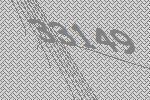
33149